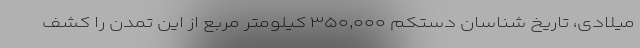
میلادی، تاریخ شناسان دستکم ۳۵۰,۰۰۰ کیلومتر مربع از این تمدن را کشف